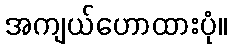
အကျယ်ဟောထားပုံ။